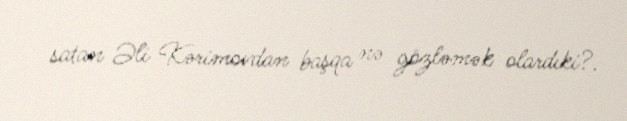
satan Əli Kərimovdan başqa nə gözləmək olardıki?.